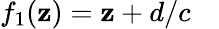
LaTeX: f_{1}(\mathbf{z})=\mathbf{z}+d/c\quad